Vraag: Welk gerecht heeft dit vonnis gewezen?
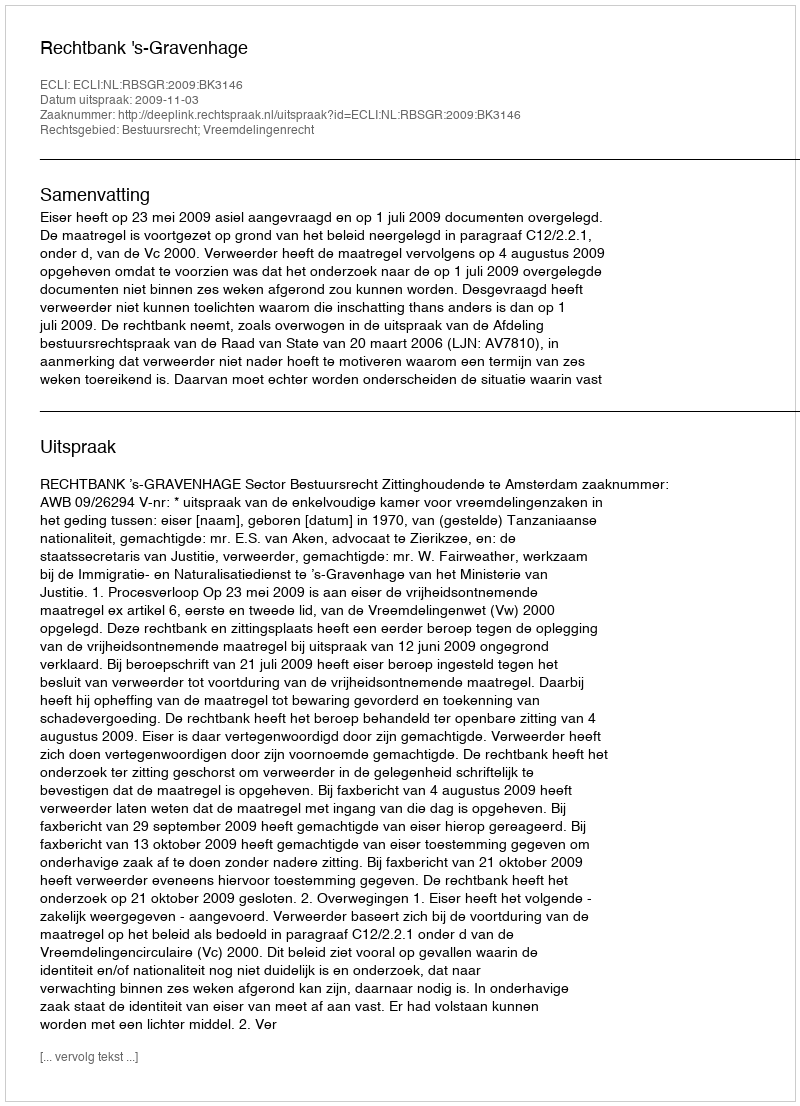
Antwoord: Rechtbank 's-Gravenhage